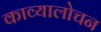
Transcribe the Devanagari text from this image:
काव्यालोचन